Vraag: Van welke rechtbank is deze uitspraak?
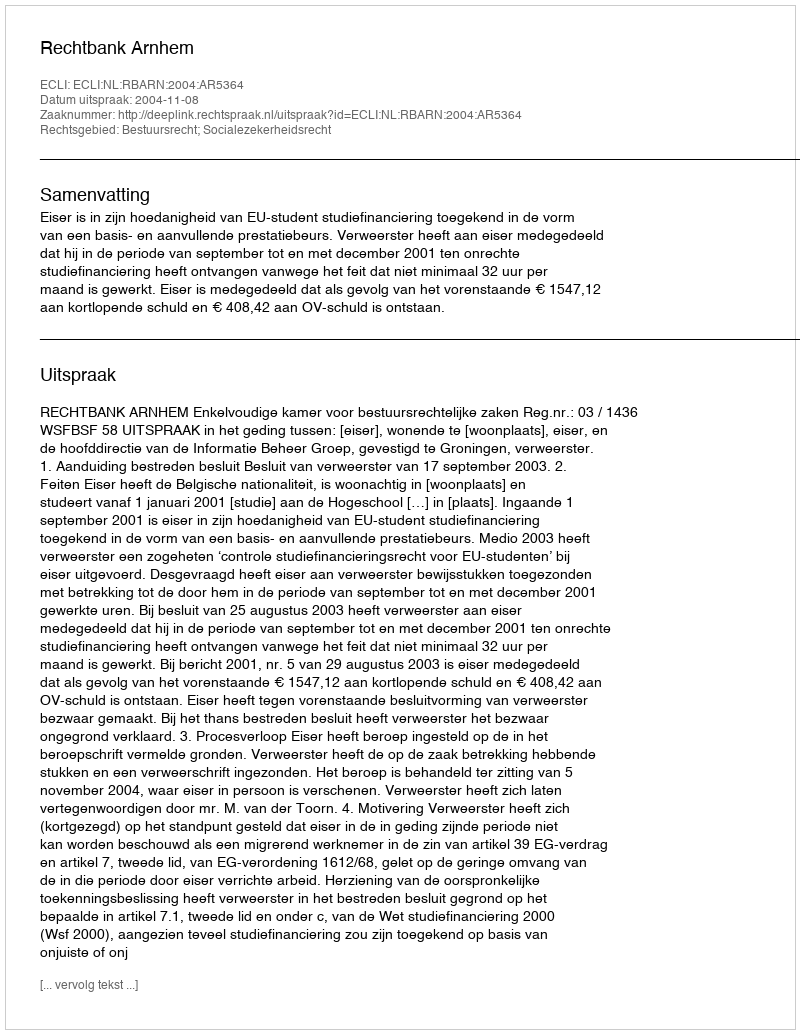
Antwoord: Rechtbank Arnhem